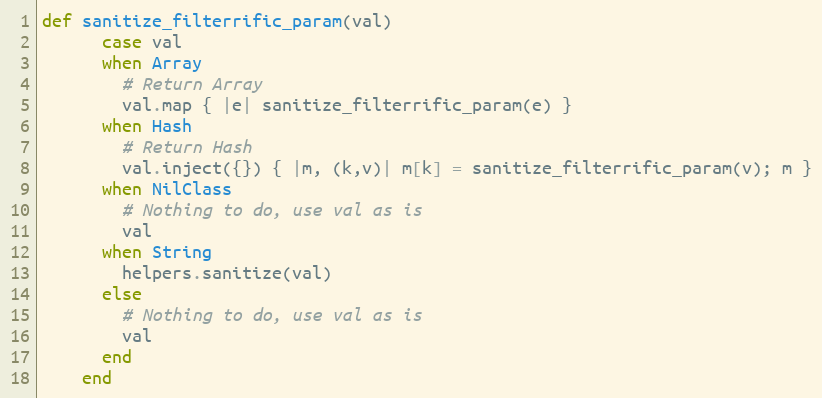
Language: Ruby
def sanitize_filterrific_param(val)
      case val
      when Array
        # Return Array
        val.map { |e| sanitize_filterrific_param(e) }
      when Hash
        # Return Hash
        val.inject({}) { |m, (k,v)| m[k] = sanitize_filterrific_param(v); m }
      when NilClass
        # Nothing to do, use val as is
        val
      when String
        helpers.sanitize(val)
      else
        # Nothing to do, use val as is
        val
      end
    end